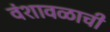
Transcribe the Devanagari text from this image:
वंशावळाची